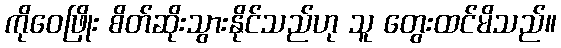
ကိုဝေဖြိုး စိတ်ဆိုးသွားနိုင်သည်ဟု သူ တွေးထင်မိသည်။